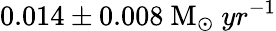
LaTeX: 0.014\pm 0.008~\mathrm{M}_{\odot}~yr^{-1}